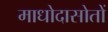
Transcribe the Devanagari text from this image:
माधोदासोतों